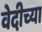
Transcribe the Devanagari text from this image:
वेदीच्या